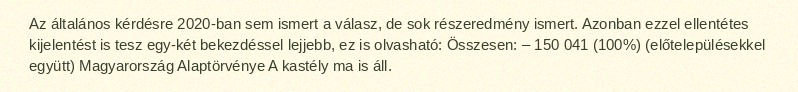
Az általános kérdésre 2020-ban sem ismert a válasz, de sok részeredmény ismert. Azonban ezzel ellentétes kijelentést is tesz egy-két bekezdéssel lejjebb, ez is olvasható: Összesen: – 150 041 (100%) (előtelepülésekkel együtt) Magyarország Alaptörvénye A kastély ma is áll.